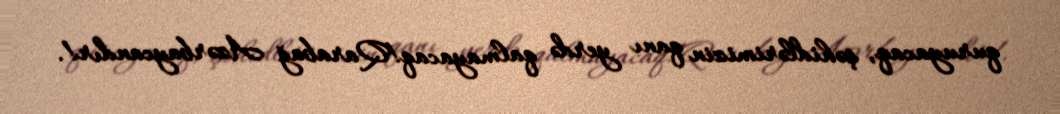
quruyacaq, şəhidlərimizin qanı yerdə qalmayacaq!Qarabağ Azərbaycandır!.